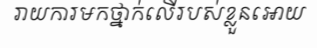
រាយការមកថ្នាក់លើរបស់ខ្លួនអោយ